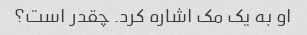
او به یک مک اشاره کرد. چقدر است؟